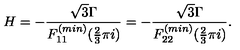
H = - \frac { \sqrt { 3 } \Gamma } { F _ { 1 1 } ^ { ( m i n ) } ( \frac { 2 } { 3 } \pi i ) } = - \frac { \sqrt { 3 } \Gamma } { F _ { 2 2 } ^ { ( m i n ) } ( \frac { 2 } { 3 } \pi i ) } .